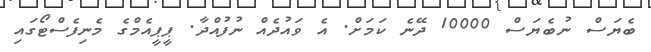
ބެޔަސް ނުބެޔަސް 10000 ދޭނެ ކަމަށް. އެ ވައުދެއް ނުފުއްދާ. ޕީޕީއެމްގެ މެނިފެސްޓޯގައި